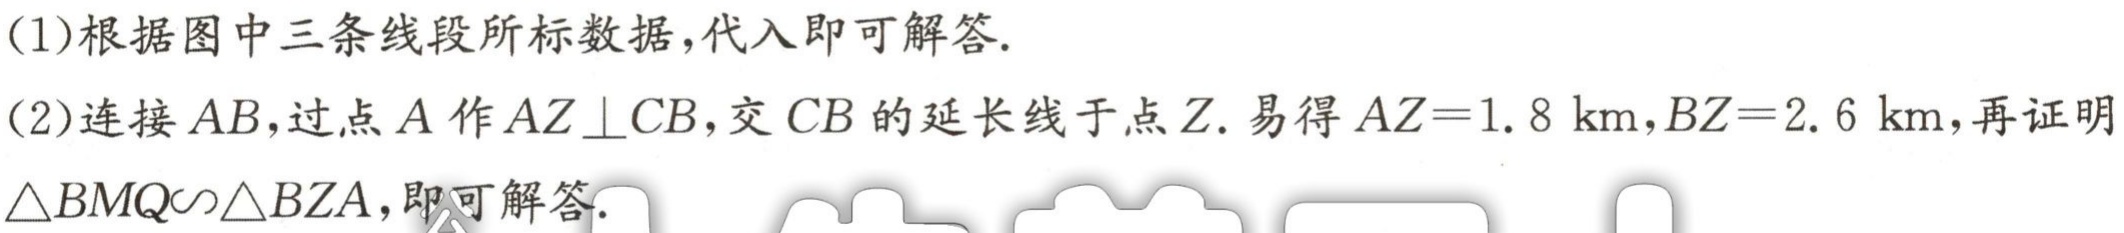
(1)根据图中三条线段所标数据，代入即可解答.

(2)连接 \(AB\)，过点 \(A\) 作 \(AZ\perp CB\)，交 \(CB\) 的延长线于点 \(Z\). 易得 \(AZ = 1.8\ \text{km}\)，\(BZ = 2.6\ \text{km}\)，再证明 \(\triangle BMQ\sim\triangle BZA\)，即可解答.